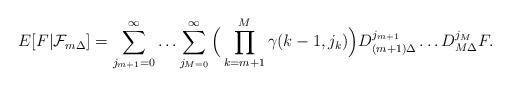
LaTeX: \begin{align*}E[F|\mathcal{F}_{m\Delta }]=\sum_{j_{m+1}=0}^{\infty}\ldots\sum_{j_{M=0}}^{\infty }\Big(\prod\limits_{k=m+1}^{M}\gamma(k-1,j_{k})\Big)D_{(m+1)\Delta }^{j_{m+1}}\ldots D_{M\Delta }^{j_{M}}F.\end{align*}